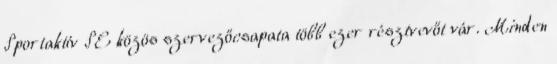
Sportaktív SE közös szervezőcsapata több ezer résztvevőt vár. Minden